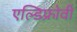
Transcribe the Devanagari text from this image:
एल्डिफ़्रोवी